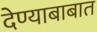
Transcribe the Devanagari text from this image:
देण्याबाबात